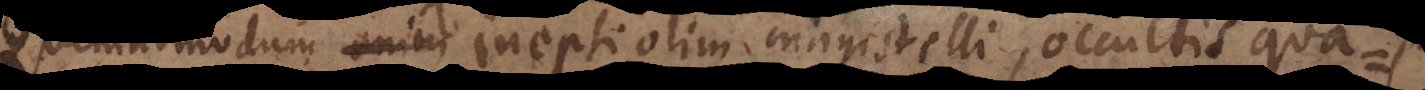
emadmodum itaque inepti olim magistelli, occultis qua